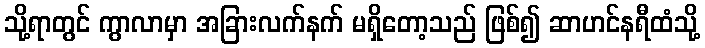
သို့ရာတွင် ကွာလာမှာ အခြားလက်နက် မရှိတော့သည် ဖြစ်၍ ဆာဟင်နရီထံသို့